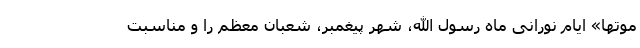
مَوتِها» ایام نورانی ماه رسول الله، شهر پیغمبر، شعبان معظم را و مناسبت